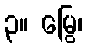
၃။ မြွေ၊